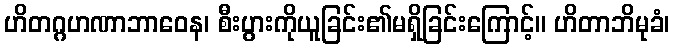
ဟိတဂ္ဂဟဏာဘာဝေန၊ စီးပွားကိုယူခြင်း၏မရှိခြင်းကြောင့်။ ဟိတာဘိမုခံ၊